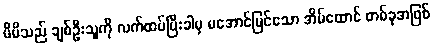
မိမိသည် ချစ်ဦးသူကို လက်ထပ်ပြီးခါမှ မအောင်မြင်သော အိမ်ထောင် တစ်ခုအဖြစ်